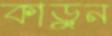
কাড়ুন